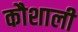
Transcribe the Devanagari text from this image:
कौशाली